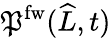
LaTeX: \mathfrak{P}^{\mathrm{{fw}}}(\widehat{{L}},t)